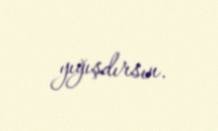
yığışdırsın.